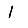
Digit: 1